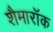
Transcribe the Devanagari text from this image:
शैमारॉक